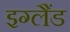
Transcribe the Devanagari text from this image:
इग्‍लैंड